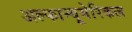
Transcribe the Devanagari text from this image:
अल्फान्यूमेरिकल